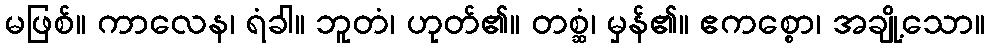
မဖြစ်။ ကာလေန၊ ရံခါ။ ဘူတံ၊ ဟုတ်၏။ တစ္ဆံ၊ မှန်၏။ ဧကစ္စော၊ အချို့သော။